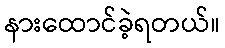
နားထောင်ခဲ့ရတယ်။